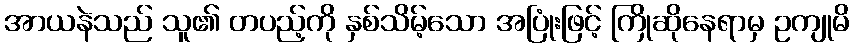
အာယနဲသည် သူ၏ တပည့်ကို နှစ်သိမ့်သော အပြုံးဖြင့် ကြိုဆိုနေရာမှ ဥကျုမိ